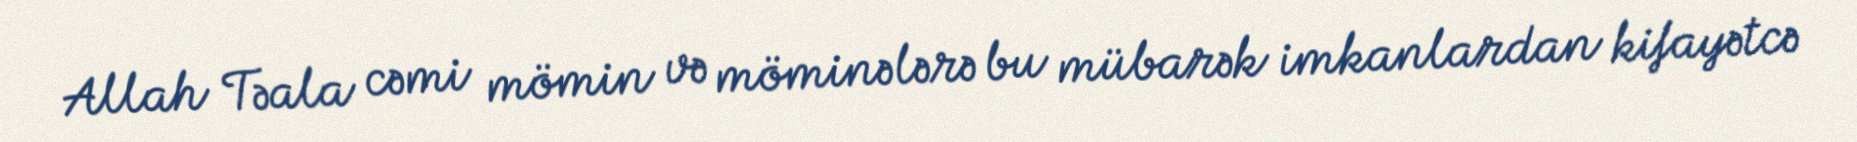
Allah Təala cəmi mömin və möminələrə bu mübarək imkanlardan kifayətcə